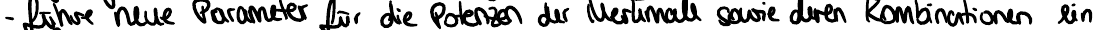
- führe neue Parameter für die Potenzen der Merkmale sowie deren Kombinationen ein